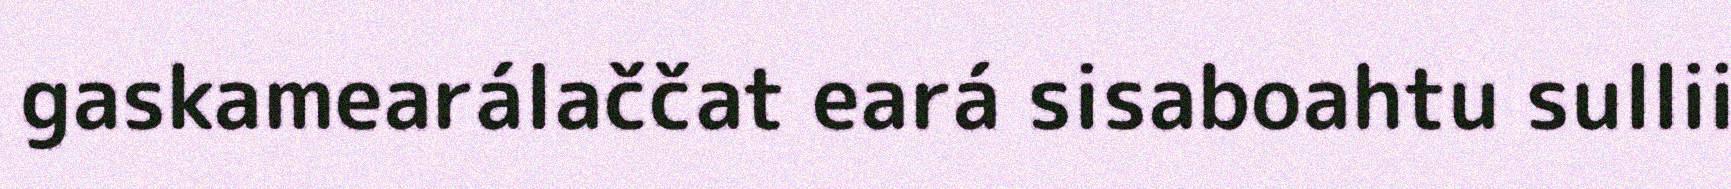
gaskamearálaččat eará sisaboahtu sullii